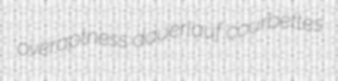
overaptness dauerlauf courbettes